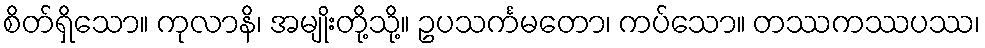
စိတ်ရှိသော။ ကုလာနိ၊ အမျိုးတို့သို့။ ဥပသင်္ကမတော၊ ကပ်သော။ တဿကဿပဿ၊